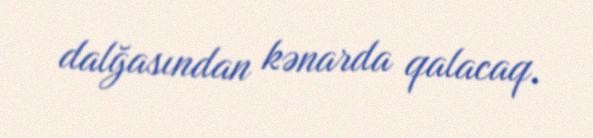
dalğasından kənarda qalacaq.